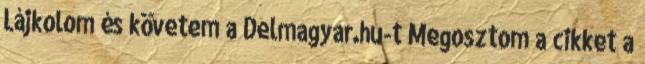
Lájkolom és követem a Delmagyar.hu-t Megosztom a cikket a